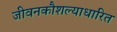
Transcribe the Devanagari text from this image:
जीवनकौशल्याधारित